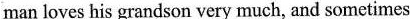
man loves his grandson very much, and sometimes